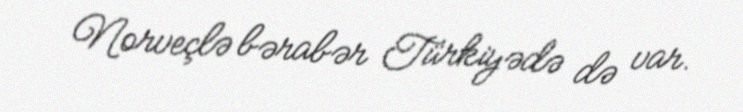
Norveçlə bərabər Türkiyədə də var.